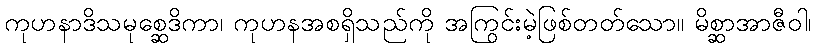
ကုဟနာဒိသမုစ္ဆေဒိကာ၊ ကုဟနအစရှိသည်ကို အကြွင်းမဲ့ဖြစ်တတ်သော။ မိစ္ဆာအာဇီဝါ၊